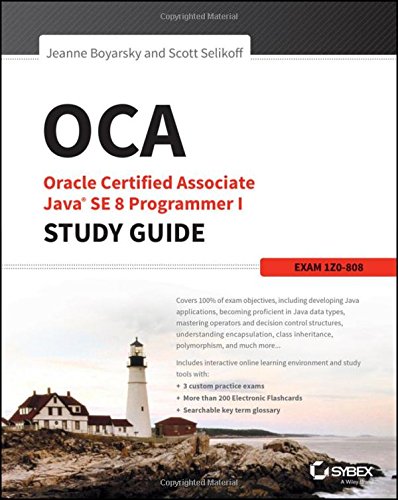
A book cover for OCA: Oracle Certified Associate Java SE 8 Programmer I Study Guide: Exam 1Z0-808; Jeanne Boyarsky; Computers & Technology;